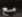
مع